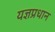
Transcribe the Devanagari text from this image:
यज्ञप्रधान